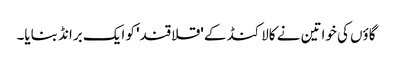
گاؤں کی خواتین نے کالاکنڈ کے 'قلاقند' کو ایک برانڈ بنایا۔